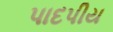
પાદપીય